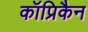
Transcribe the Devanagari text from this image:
कॉप्रिकैन